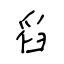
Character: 舀